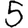
Digit: 5